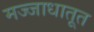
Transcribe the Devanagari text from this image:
मज्जाधातूत